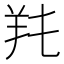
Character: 𦍓